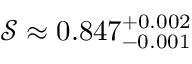
\mathcal { S } \approx 0 . 8 4 7 _ { - 0 . 0 0 1 } ^ { + 0 . 0 0 2 }